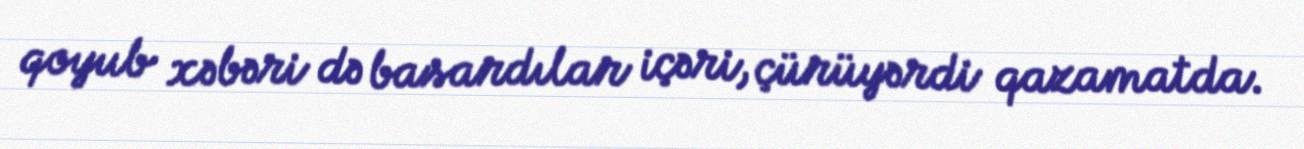
qoyub xəbəri də basardılar içəri, çürüyərdi qazamatda.